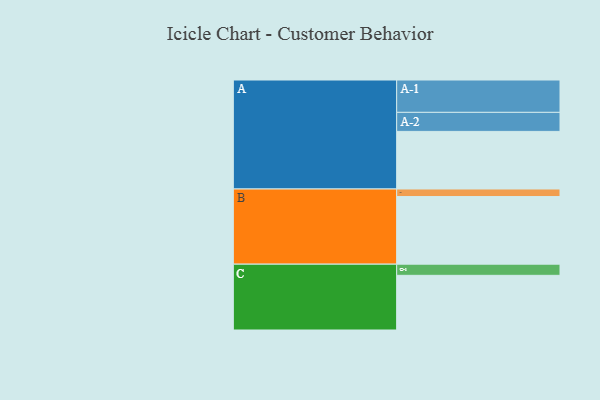
{"axis": {"x": "Segment", "y": "Value"}, "legend": ["", "A", "B", "C"], "data": [{"x": "A", "y": 511, "type": ""}, {"x": "B", "y": 600, "type": ""}, {"x": "C", "y": 485, "type": ""}, {"x": "A-1", "y": 287, "type": "A"}, {"x": "A-2", "y": 169, "type": "A"}, {"x": "B-1", "y": 67, "type": "B"}, {"x": "C-1", "y": 99, "type": "C"}]}